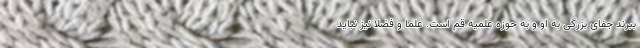
ببرند جفای بزرگی به او و به حوزه علمیه قم است. علما و فضلا نیز نباید